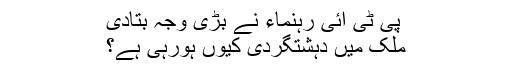
پی ٹی آئی رہنماء نے بڑی وجہ بتادی
ملک میں دہشتگردی کیوں ہورہی ہے؟